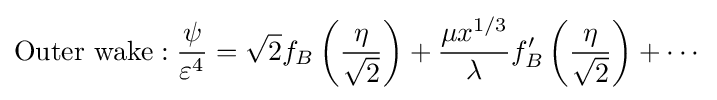
{\text{Outer wake}}:{\frac {\psi }{\varepsilon ^{4}}}={\sqrt {2}}f_{B}\left({\frac {\eta }{\sqrt {2}}}\right)+{\frac {\mu x^{1/3}}{\lambda }}f_{B}'\left({\frac {\eta }{\sqrt {2}}}\right)+\cdots